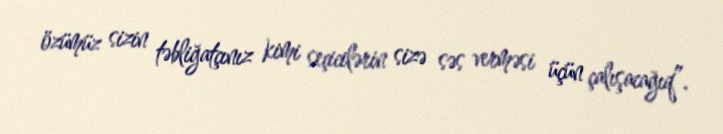
özümüz sizin təbliğatçınız kimi seçicilərin sizə səs verməsi üçün çalışacağıq”.